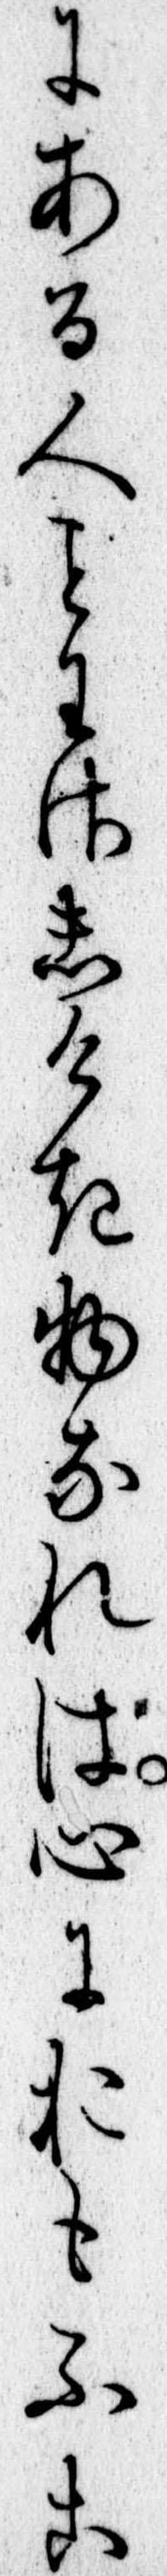
にある人わさしけき物なれは心におもふこ